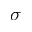
\sigma